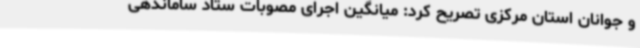
و جوانان استان مرکزی تصریح کرد: میانگین اجرای مصوبات ستاد ساماندهی